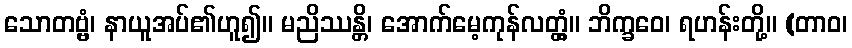
သောတဗ္ဗံ၊ နာယူအပ်၏ဟူ၍။ မညိဿန္တိ၊ အောက်မေ့ကုန်လတ္တံ့။ ဘိက္ခဝေ၊ ရဟန်းတို့။ (တာဝ၊